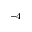
^ { - 4 }